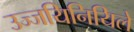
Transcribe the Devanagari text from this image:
उज्जयिनियिले